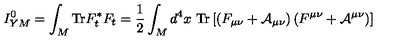
I _ { Y M } ^ { 0 } = \int _ { M } \mathrm { T r } F _ { t } ^ { * } F _ { t } = \frac { 1 } { 2 } \int _ { M } d ^ { 4 } x \ \mathrm { T r } \left[ \left( F _ { \mu \nu } + { \cal A } _ { \mu \nu } \right) \left( F ^ { \mu \nu } + { \cal A } ^ { \mu \nu } \right) \right]